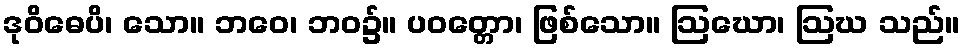
ဒုဝိဓေပိ၊ သော။ ဘဝေ၊ ဘဝ၌။ ပဝတ္တော၊ ဖြစ်သော။ ဩဃော၊ ဩဃ သည်။